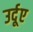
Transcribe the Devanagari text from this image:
उर्दूए